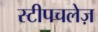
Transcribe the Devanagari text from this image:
स्टीपचलेज़